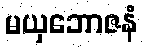
မယှဘောဇနံ